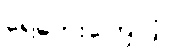
ရေဘေးကြောင့်